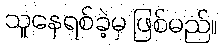
သူနေရစ်ခဲ့မှ ဖြစ်မည်။